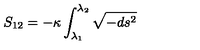
S _ { 1 2 } = - \kappa \int _ { \lambda _ { 1 } } ^ { \lambda _ { 2 } } \sqrt { - d s ^ { 2 } }